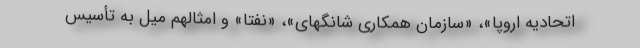
اتحادیه اروپا»، «سازمان همکاری شانگهای»، «نفتا» و امثالهم میل به تأسیس